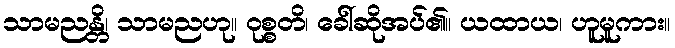
သာမညန္တိ၊ သာမညဟု။ ဝုစ္စတိ၊ ခေါ်ဆိုအပ်၏။ ယထာယ၊ ဟူမူကား။